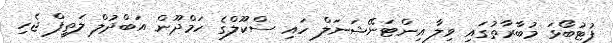
ފުޓުބޯޅަ މުބާރާތުގައި ވިލާ އިންޓަނޭޝަނަލް ހައި ސްކޫލްގެ ހަމްދޫން އަބްދުލް ލަތީފް ޖެހި